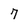
Character: 7